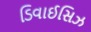
ડિવાઈસિઝ